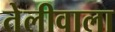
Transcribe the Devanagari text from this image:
तेलीवाला